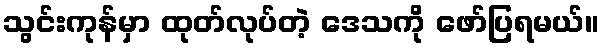
သွင်းကုန်မှာ ထုတ်လုပ်တဲ့ ဒေသကို ဖော်ပြရမယ်။